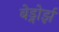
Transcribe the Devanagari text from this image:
बेड्नोर्झ